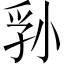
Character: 𪨁